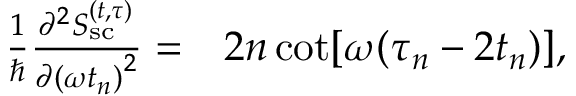
\begin{array} { r l } { \frac { 1 } { \hbar } \frac { \partial ^ { 2 } S _ { \mathrm { s c } } ^ { ( t , \tau ) } } { \partial { ( \omega t _ { n } ) } ^ { 2 } } = } & { { } 2 n \cot [ \omega ( \tau _ { n } - 2 t _ { n } ) ] , } \end{array}